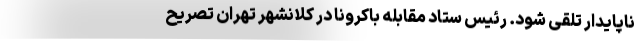
ناپایدار تلقی شود. رئیس ستاد مقابله باکرونا در کلانشهر تهران تصریح